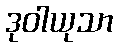
ဒုဝါယုသာ